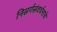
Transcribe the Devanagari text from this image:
निसर्गसंवर्धनाचे